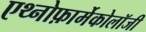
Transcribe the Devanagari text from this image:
एथ्नोफ़ार्मेकोलॉजी